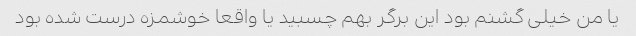
یا من خیلی گشنم بود این برگر بهم چسبید یا واقعا خوشمزه درست شده بود